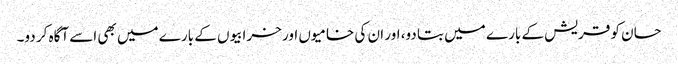
حسان کو قریش کے بارے میں بتا دو، اور ان کی خامیوں اور خرابیوں کے بارے میں بھی اسے آگاہ کر دو۔